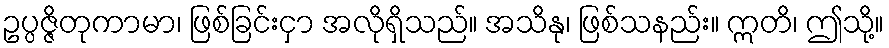
ဥပ္ပဇ္ဇိတုကာမာ၊ ဖြစ်ခြင်းငှာ အလိုရှိသည်။ အသိနု၊ ဖြစ်သနည်း။ ဣတိ၊ ဤသို့။